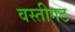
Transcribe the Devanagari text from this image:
वस्तीगट